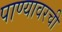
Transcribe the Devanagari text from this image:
पाण्यावरची